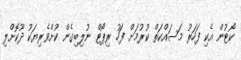
ކޯޓުން އެކި ފަހަރު މަސައްކަތް ކުރުމަށް ފަހު ރިޕޯޓް ނުލިބިގެން ކުށްވެރިޔަކު ދޫކޮށްލި